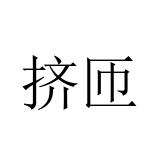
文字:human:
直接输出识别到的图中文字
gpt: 挤匝